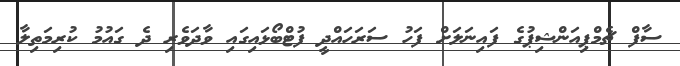
ސާފް ޗެމްޕިއަންޝިޕުގެ ފައިނަލަށް ފަހު ސަރަހައްދީ ފުޓްބޯޅައިގައި ވާދަވެރި ދެ ގައުމު ކުރިމަތިލާ